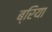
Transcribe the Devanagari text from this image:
ब्रिया